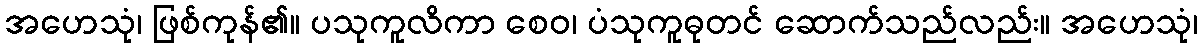
အဟေသုံ၊ ဖြစ်ကုန်၏။ ပသုကူလိကာ စေဝ၊ ပံသုကူဓုတင် ဆောက်သည်လည်း။ အဟေသုံ၊